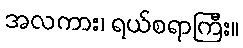
အလကား၊ ရယ်စရာကြီး။